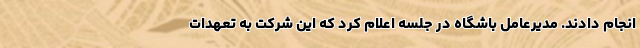
انجام دادند. مدیرعامل باشگاه در جلسه اعلام کرد که این شرکت به تعهدات